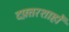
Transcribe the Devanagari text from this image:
दफ़्तरशाहों